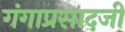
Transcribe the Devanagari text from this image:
गंगाप्रसादजी